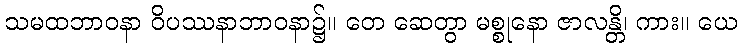
သမထဘာဝနာ ဝိပဿနာဘာဝနာ၌။ တေ ဆေတွာ မစ္စုနော ဇာလန္တိ၊ ကား။ ယေ